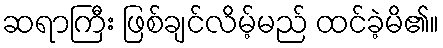
ဆရာကြီး ဖြစ်ချင်လိမ့်မည် ထင်ခဲ့မိ၏။